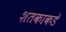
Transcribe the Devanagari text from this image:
शतकाकडे